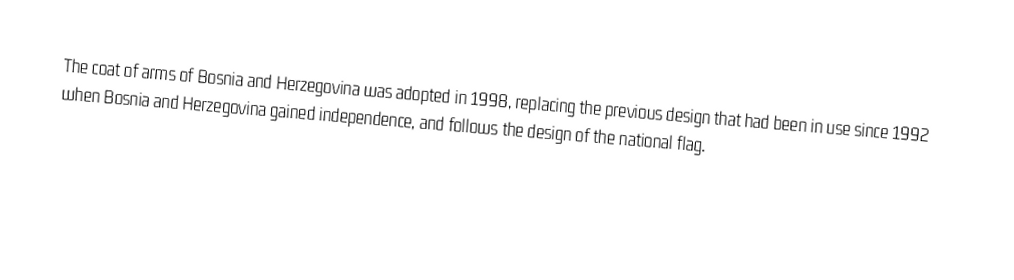
The coat of arms of Bosnia and Herzegovina was adopted in 1998, replacing the previous design that had been in use since 1992 when Bosnia and Herzegovina gained independence, and follows the design of the national flag.